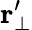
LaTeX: \textbf{r}_{\perp}^{\prime}